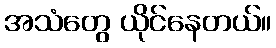
အသံတွေ ယိုင်နေတယ်။